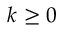
k \geq 0